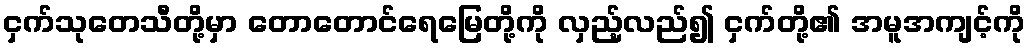
ငှက်သုတေသီတို့မှာ တောတောင်ရေမြေတို့ကို လှည့်လည်၍ ငှက်တို့၏ အမူအကျင့်ကို